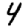
Digit: 4